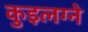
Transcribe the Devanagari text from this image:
कुइलग्ने